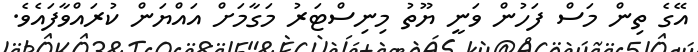
އޭގެ ތިން މަސް ފަހުން ވަނީ ޔޫތު މިނިސްޓަރު މަގާމަށް އައްޔަން ކުރައްވާފައެވެ.